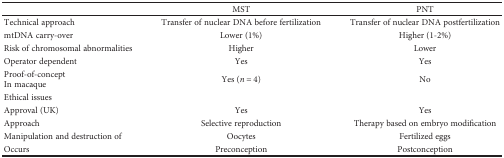
<table><thead><tr><td></td><td><b>MST</b></td><td><b>PNT</b></td></tr></thead><tbody><tr><td>Technical approach</td><td>Transfer of nuclear DNA before fertilization</td><td>Transfer of nuclear DNA postfertilization</td></tr><tr><td>mtDNA carry-over</td><td>Lower (1%)</td><td>Higher (1-2%)</td></tr><tr><td>Risk of chromosomal abnormalities</td><td>Higher</td><td>Lower</td></tr><tr><td>Operator dependent</td><td>Yes</td><td>Yes</td></tr><tr><td>Proof-of-conceptIn macaque</td><td>Yes (<i>n</i> = 4)</td><td>No</td></tr><tr><td>Ethical issues</td><td></td><td></td></tr><tr><td>Approval (UK)</td><td>Yes</td><td>Yes</td></tr><tr><td>Approach</td><td>Selective reproduction</td><td>Therapy based on embryo modification</td></tr><tr><td>Manipulation and destruction of</td><td>Oocytes</td><td>Fertilized eggs</td></tr><tr><td>Occurs</td><td>Preconception</td><td>Postconception</td></tr></tbody></table>